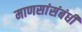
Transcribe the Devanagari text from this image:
माणसांसंबंधी